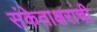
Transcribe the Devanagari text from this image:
संकेताक्षराची